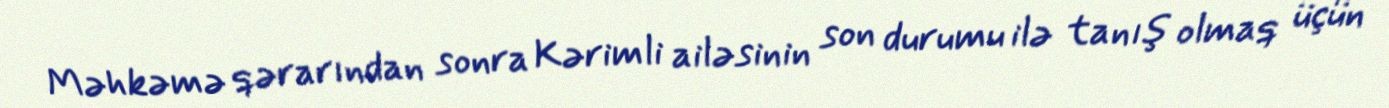
Məhkəmə qərarından sonra Kərimli ailəsinin son durumu ilə tanış olmaq üçün